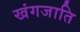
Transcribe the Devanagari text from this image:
खंगजाति